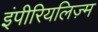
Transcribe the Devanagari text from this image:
इंपीरियलिज़्म